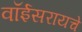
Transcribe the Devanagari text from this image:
वॉईसरायचे